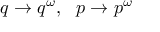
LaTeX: q \rightarrow q ^ { \omega } , \ \ p \rightarrow p ^ { \omega }